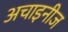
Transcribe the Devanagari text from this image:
अचाइनीज